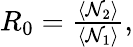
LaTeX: \begin{array}{r}{R_{0}=\frac{\langle\mathcal{N}_{2}\rangle}{\langle\mathcal{N}_{1}\rangle},}\end{array}